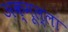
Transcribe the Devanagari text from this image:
अक्मूल्ला